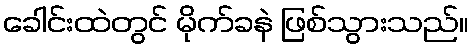
ခေါင်းထဲတွင် မိုက်ခနဲ ဖြစ်သွားသည်။